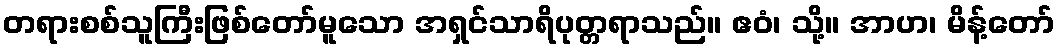
တရားစစ်သူကြီးဖြစ်တော်မူသော အရှင်သာရိပုတ္တရာသည်။ ဧဝံ၊ သို့။ အာဟ၊ မိန့်တော်